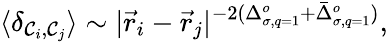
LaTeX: \langle\delta_{{\cal{\mathcal{C}}}_{i},{\cal{\mathcal{C}}}_{j}}\rangle\sim|{\vec{{r}}}_{i}-{\vec{{r}}}_{j}|^{-2(\Delta_{\sigma,q=1}^{o}+{\bar{{\Delta}}}_{\sigma,q=1}^{o})},